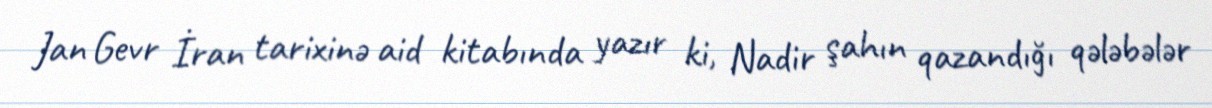
Jan Gevr İran tarixinə aid kitabında yazır ki, Nadir şahın qazandığı qələbələr